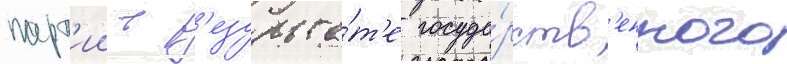
парт'ии в р'езульта́т'е госуда́рств'енного